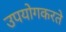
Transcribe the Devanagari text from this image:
उपयोगकरते